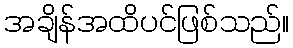
အချိန်အထိပင်ဖြစ်သည်။